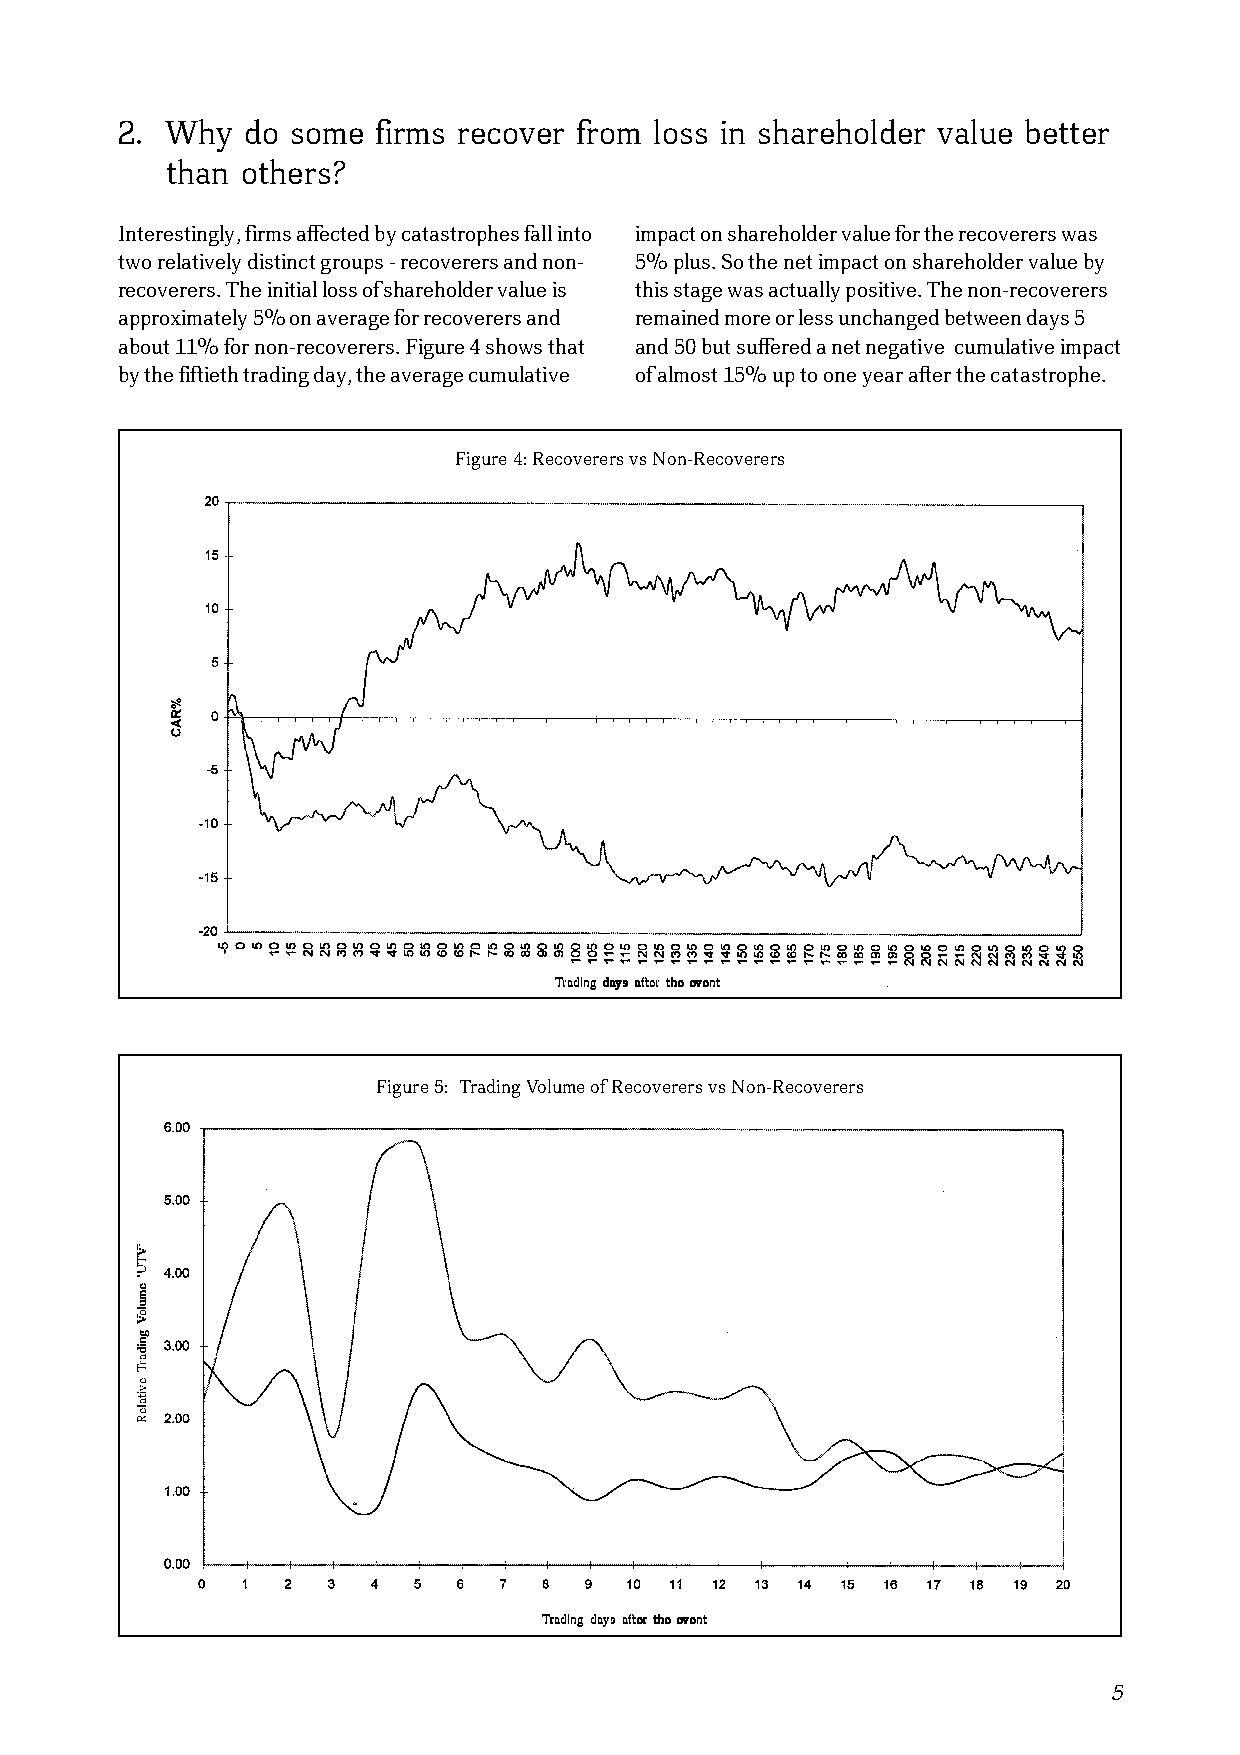
2. Why  do some  firms recover from loss in shareholder value better
 than others?
 Interestingly, firms affected by catastrophes fall into impact on shareholder value for the recoverers was
 two relatively distinct groups - recoverers and non- 5% plus. So the net impact on shareholder value by
 recoverers. The initial loss of shareholder value is this stage was actually positive. The non-recoverers
 approximately 5% on average for recoverers and remained more or less unchanged between days 5
 about 11% for non-recoverers. Figure 4 shows that and 50 but suffered a net negative cumulative impact
 by the fiftieth trading day, the average cumulative of almost 15% up to one year after the catastrophe.
 Figure 4: Recoverers vs Non-Recoverers
 TTTTTrrrrraaaaadddddiiiiinnnnnggggg dddddaaaaayyyyysssss aaaaafffffttttteeeeerrrrr ttttthhhhheeeee eeeeevvvvveeeeennnnnttttt
 Figure 5: Trading Volume of Recoverers vs Non-Recoverers
 TTTTTrrrrraaaaadddddiiiiinnnnnggggg dddddaaaaayyyyysssss aaaaafffffttttteeeeerrrrr ttttthhhhheeeee eeeeevvvvveeeeennnnnttttt
 5
 ’’’’’VVVVVTTTTTUUUUU‘‘‘‘‘
 eeeeemmmmmuuuuullllloooooVVVVV
 gggggnnnnniiiiidddddaaaaarrrrrTTTTT
 eeeeevvvvviiiiitttttaaaaallllleeeeeRRRRR